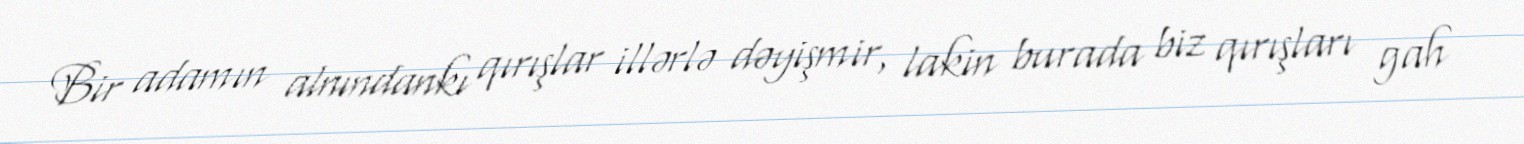
Bir adamın alnındankı qırışlar illərlə dəyişmir, lakin burada biz qırışları gah